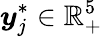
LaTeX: \boldsymbol{y}_{j}^{*}\in\mathbb{R}_{+}^{5}